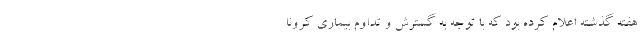
هفته گذشته اعلام کرده بود که با توجه به گسترش و تداوم بیماری کرونا